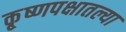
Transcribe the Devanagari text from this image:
कृ्ष्णपक्षातल्या